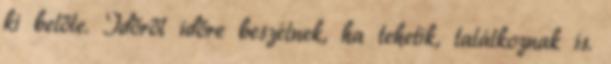
ki belőle. Időről időre beszélnek, ha tehetik, találkoznak is.